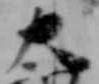
大